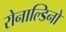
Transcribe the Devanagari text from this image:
रोनाल्डिनो